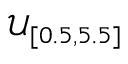
\mathcal { U } _ { [ 0 . 5 , 5 . 5 ] }